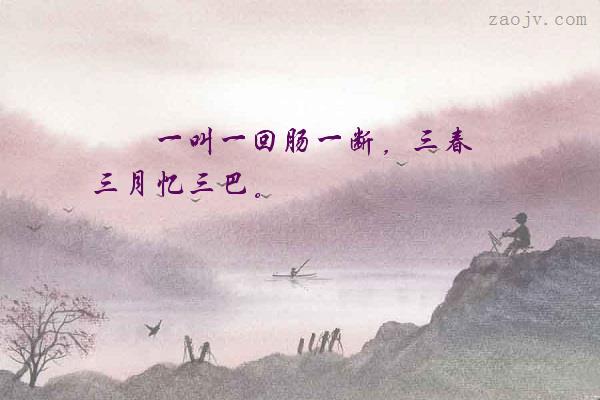
一叫一回肠一断，三春三月忆三巴。